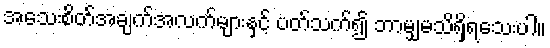
အသေးစိတ်အချက်အလက်များနှင့် ပတ်သက်၍ ဘာမျှမသိရှိရသေးပါ။